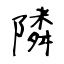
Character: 隣